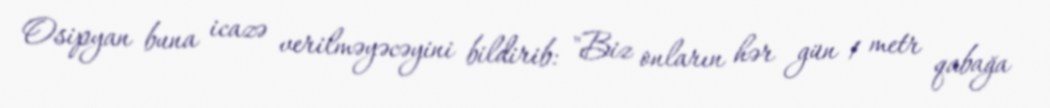
Osipyan buna icazə verilməyəcəyini bildirib: "Biz onların hər gün 1 metr qabağa